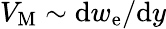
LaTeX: V_{\mathrm{M}}\sim\mathrm{d}w_{\mathrm{e}}/\mathrm{d}y